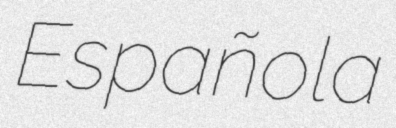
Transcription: Española